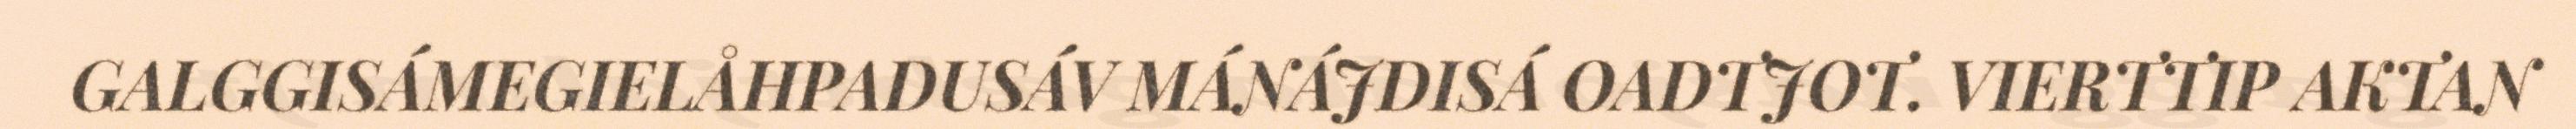
GALGGISÁMEGIELÅHPADUSÁV MÁNÁJDISÁ OADTJOT. VIERTTIP AKTAN